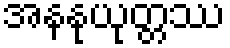
အနနုယုတ္တဿ